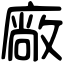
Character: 廠